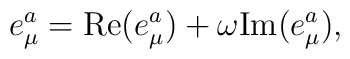
e^a_\mu={\rm Re}(e^a_\mu)+\omega{\rm Im}(e^a_\mu),